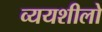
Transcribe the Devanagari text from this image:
व्ययशीलो